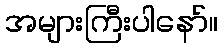
အများကြီးပါနော်။